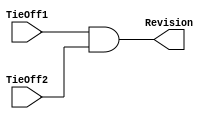
//-----------------------------------------------------------------------------
// The confidential and proprietary information contained in this file may
// only be used by a person authorised under and to the extent permitted
// by a subsisting licensing agreement from ARM Limited.
//
//            (C) COPYRIGHT 2007-2008 ARM Limited.
//                ALL RIGHTS RESERVED
//
// This entire notice must be reproduced on all copies of this file
// and copies of this file may only be made by a person if such person is
// permitted to do so under the terms of a subsisting license agreement
// from ARM Limited.
//  ----------------------------------------------------------------------------
// Version and Release Control Information:
//
// File Revision          : 20352
//
//  Release Information    : r1p3-00rel1
//
// ---------------------------------------------------------------------
// Purpose :
//           Revision Designator Module
//
// --=================================================================--

// ---------------------------------------------------------------------

module SspRevAnd (
// Inputs
                 TieOff1,
                 TieOff2,
// Outputs
                 Revision
                 );

// Inputs
input        TieOff1;  // AND gate input 1
input        TieOff2;  // AND gate input 2
// Outputs
output       Revision; // AND gate output

// ---------------------------------------------------------------------
//
//                              SspRevAnd
//                              =========
//
// ---------------------------------------------------------------------
//
// Overview
// ========
//   This module contains a single AND gate to be used as a
// place-holder cell to mark the Revision of the Ssp.
// The 2 input pins will be tied-off at the top level of the
// hierarchy. These "TieOffs" can be identified during layout
// and re-wired to "VDD" or "VSS" if needed.
//
// ---------------------------------------------------------------------


// ---------------------------------------------------------------------
// Register declarations
// ---------------------------------------------------------------------


// ---------------------------------------------------------------------
//
// Main body of code
// =================
//
// ---------------------------------------------------------------------



assign Revision = TieOff1 & TieOff2;

endmodule

// --============================== End ==============================--